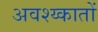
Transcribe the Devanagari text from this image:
अवश्य्कातों